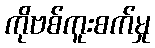
ကိုဗစ်ကူးစက်မှု